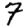
Digit: 7